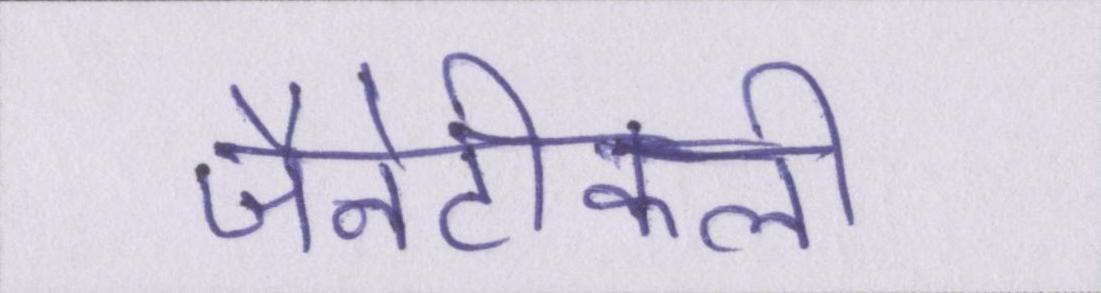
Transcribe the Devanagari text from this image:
जैनेटीकली